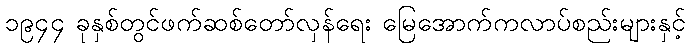
၁၉၄၄ ခုနှစ်တွင်ဖက်ဆစ်တော်လှန်ရေး မြေအောက်ကလာပ်စည်းများနှင့်